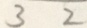
3 2